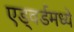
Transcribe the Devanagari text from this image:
एड्वर्डमध्ये